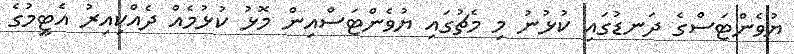
ޔުވެންޓަސްގެ ދަނޑުގައި ކުޅުނު މި މެޗުގައި ޔުވެންޓަސްއިން މޮޅު ކުޅުމެއް ދެއްކިއިރު އެޓީމުގެ